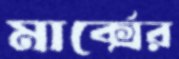
মার্ক্সের